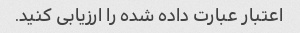
اعتبار عبارت داده شده را ارزیابی کنید.